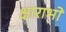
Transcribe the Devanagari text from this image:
क्षाराभों